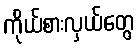
ကိုယ်စားလှယ်တွေ